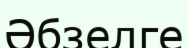
Әбзелге